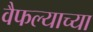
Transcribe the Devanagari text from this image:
वैफल्याच्या